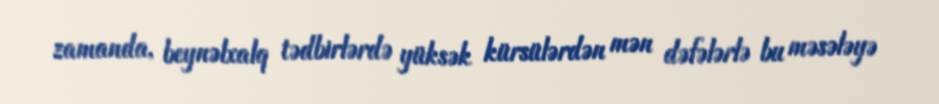
zamanda, beynəlxalq tədbirlərdə yüksək kürsülərdən mən dəfələrlə bu məsələyə